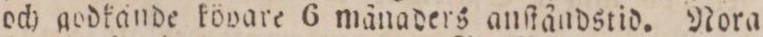
och godkände kövare 6 månaders anſtåndstid. Nora